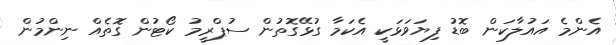
އެންމެ އައުލާކަން ބޮޑު ފިޔަވަޅަކީ އެކަމާ ގުޅޭގޮތުން ސުޕްރީމު ކޯޓުން ގޮތެއް ނިންމުން